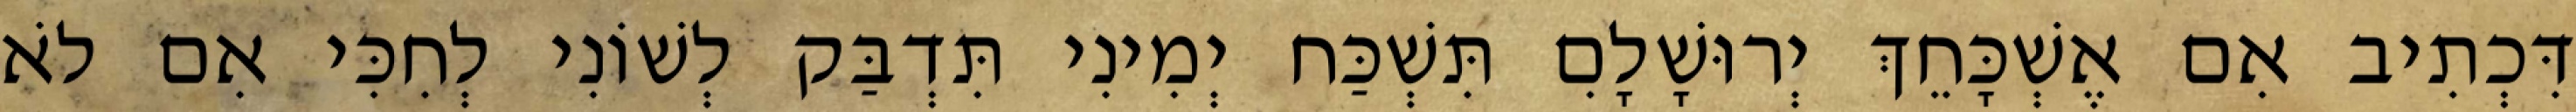
דִּכְתִיב אִם אֶשְׁכָּחֵךְ יְרוּשָׁלִָם תִּשְׁכַּח יְמִינִי תִּדְבַּק לְשׁוֹנִי לְחִכִּי אִם לֹא